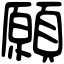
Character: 願